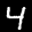
Label: 4